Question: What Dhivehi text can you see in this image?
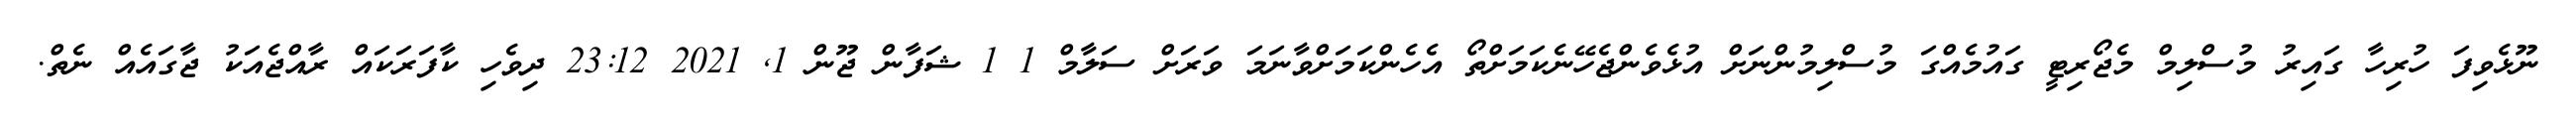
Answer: ނޫޅެވިފަ ހުރިހާ ގައިރު މުސްލިމް މެޖޯރިޓީ ގައުމެއްގަ މުސްލިމުންނަށް އުޅެވެންޖެހޭނެކަމަށްތޯ އެހެންކަމަށްވާނަމަ ވަރަށް ސަލާމް 1 1 ޝަފާން ޖޫން 1, 2021 23:12 ދިވެހި ކާފަރަކައް ރާއްޖެއަކު ޖާގައެއް ނެތް.